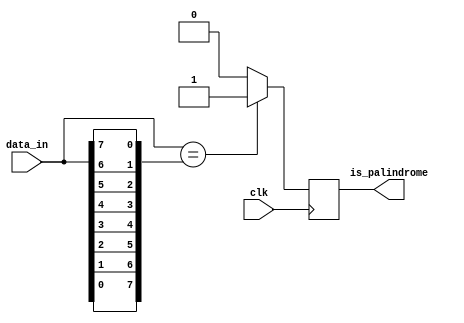
`timescale 1ns / 1ps
//////////////////////////////////////////////////////////////////////////////////
// Company: 
// Engineer: 
// 
// Design Name: 
// Module Name: palindrome_detector
// Project Name: 
// Target Devices: 
// Tool Versions: 
// Description: 
// 
// Dependencies: 
// 
// Revision:
// Revision 0.01 - File Created
// Additional Comments:
// 
//////////////////////////////////////////////////////////////////////////////////


module palindrome_detector(
    input [7:0] data_in,
    input clk,
    output reg is_palindrome);

    integer i;
    reg [7:0] reversed_data;
    
    always @(*) begin
        for (i = 0; i < 8; i = i + 1) begin
            reversed_data[i] = data_in[7 - i];
        end
    end
    
    always @(posedge clk) begin
        if (data_in == reversed_data)
            is_palindrome <= 1;
        else
            is_palindrome <= 0;
    end

endmodule